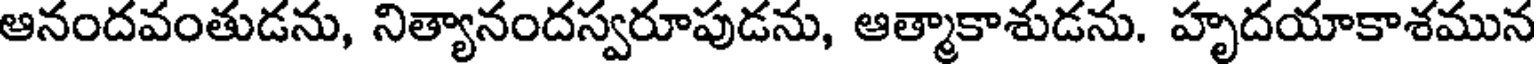
ఆనందవంతుడను, నిత్యానందస్వరూపుడను, ఆత్మాకాశుడను. హృదయాకాశమున